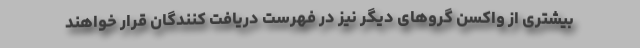
بیشتری از واکسن گروهای دیگر نیز در فهرست دریافت کنندگان قرار خواهند